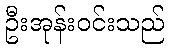
ဦးအုန်းဝင်းသည်